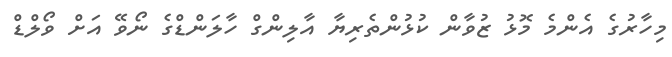
މިހާރުގެ އެންމެ މޮޅު ޒުވާން ކުޅުންތެރިޔާ އާލިންގް ހާލަންޑްގެ ނޯވޭ އަށް ވޯލްޑް